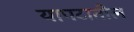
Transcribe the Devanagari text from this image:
यापटातील